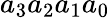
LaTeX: a_{3}a_{2}a_{1}a_{0}